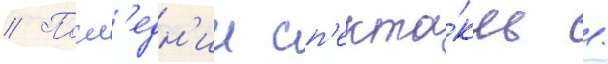
// Посл'едн'ии сп'екта́кль /